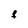
Character: f